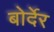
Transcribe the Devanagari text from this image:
बोर्देर